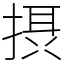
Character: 摂